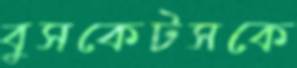
বুসকেটসকে